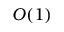
O ( 1 )